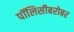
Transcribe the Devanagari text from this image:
पॉलिसीबरोबर